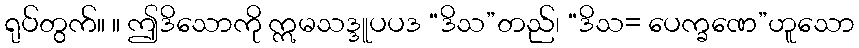
ရုပ်တွက်။ ။ ဤဒိသောကို ဣမသဒ္ဒူပပဒ “ဒိသ”တည်၊ “ဒိသ= ပေက္ခဏေ”ဟူသော